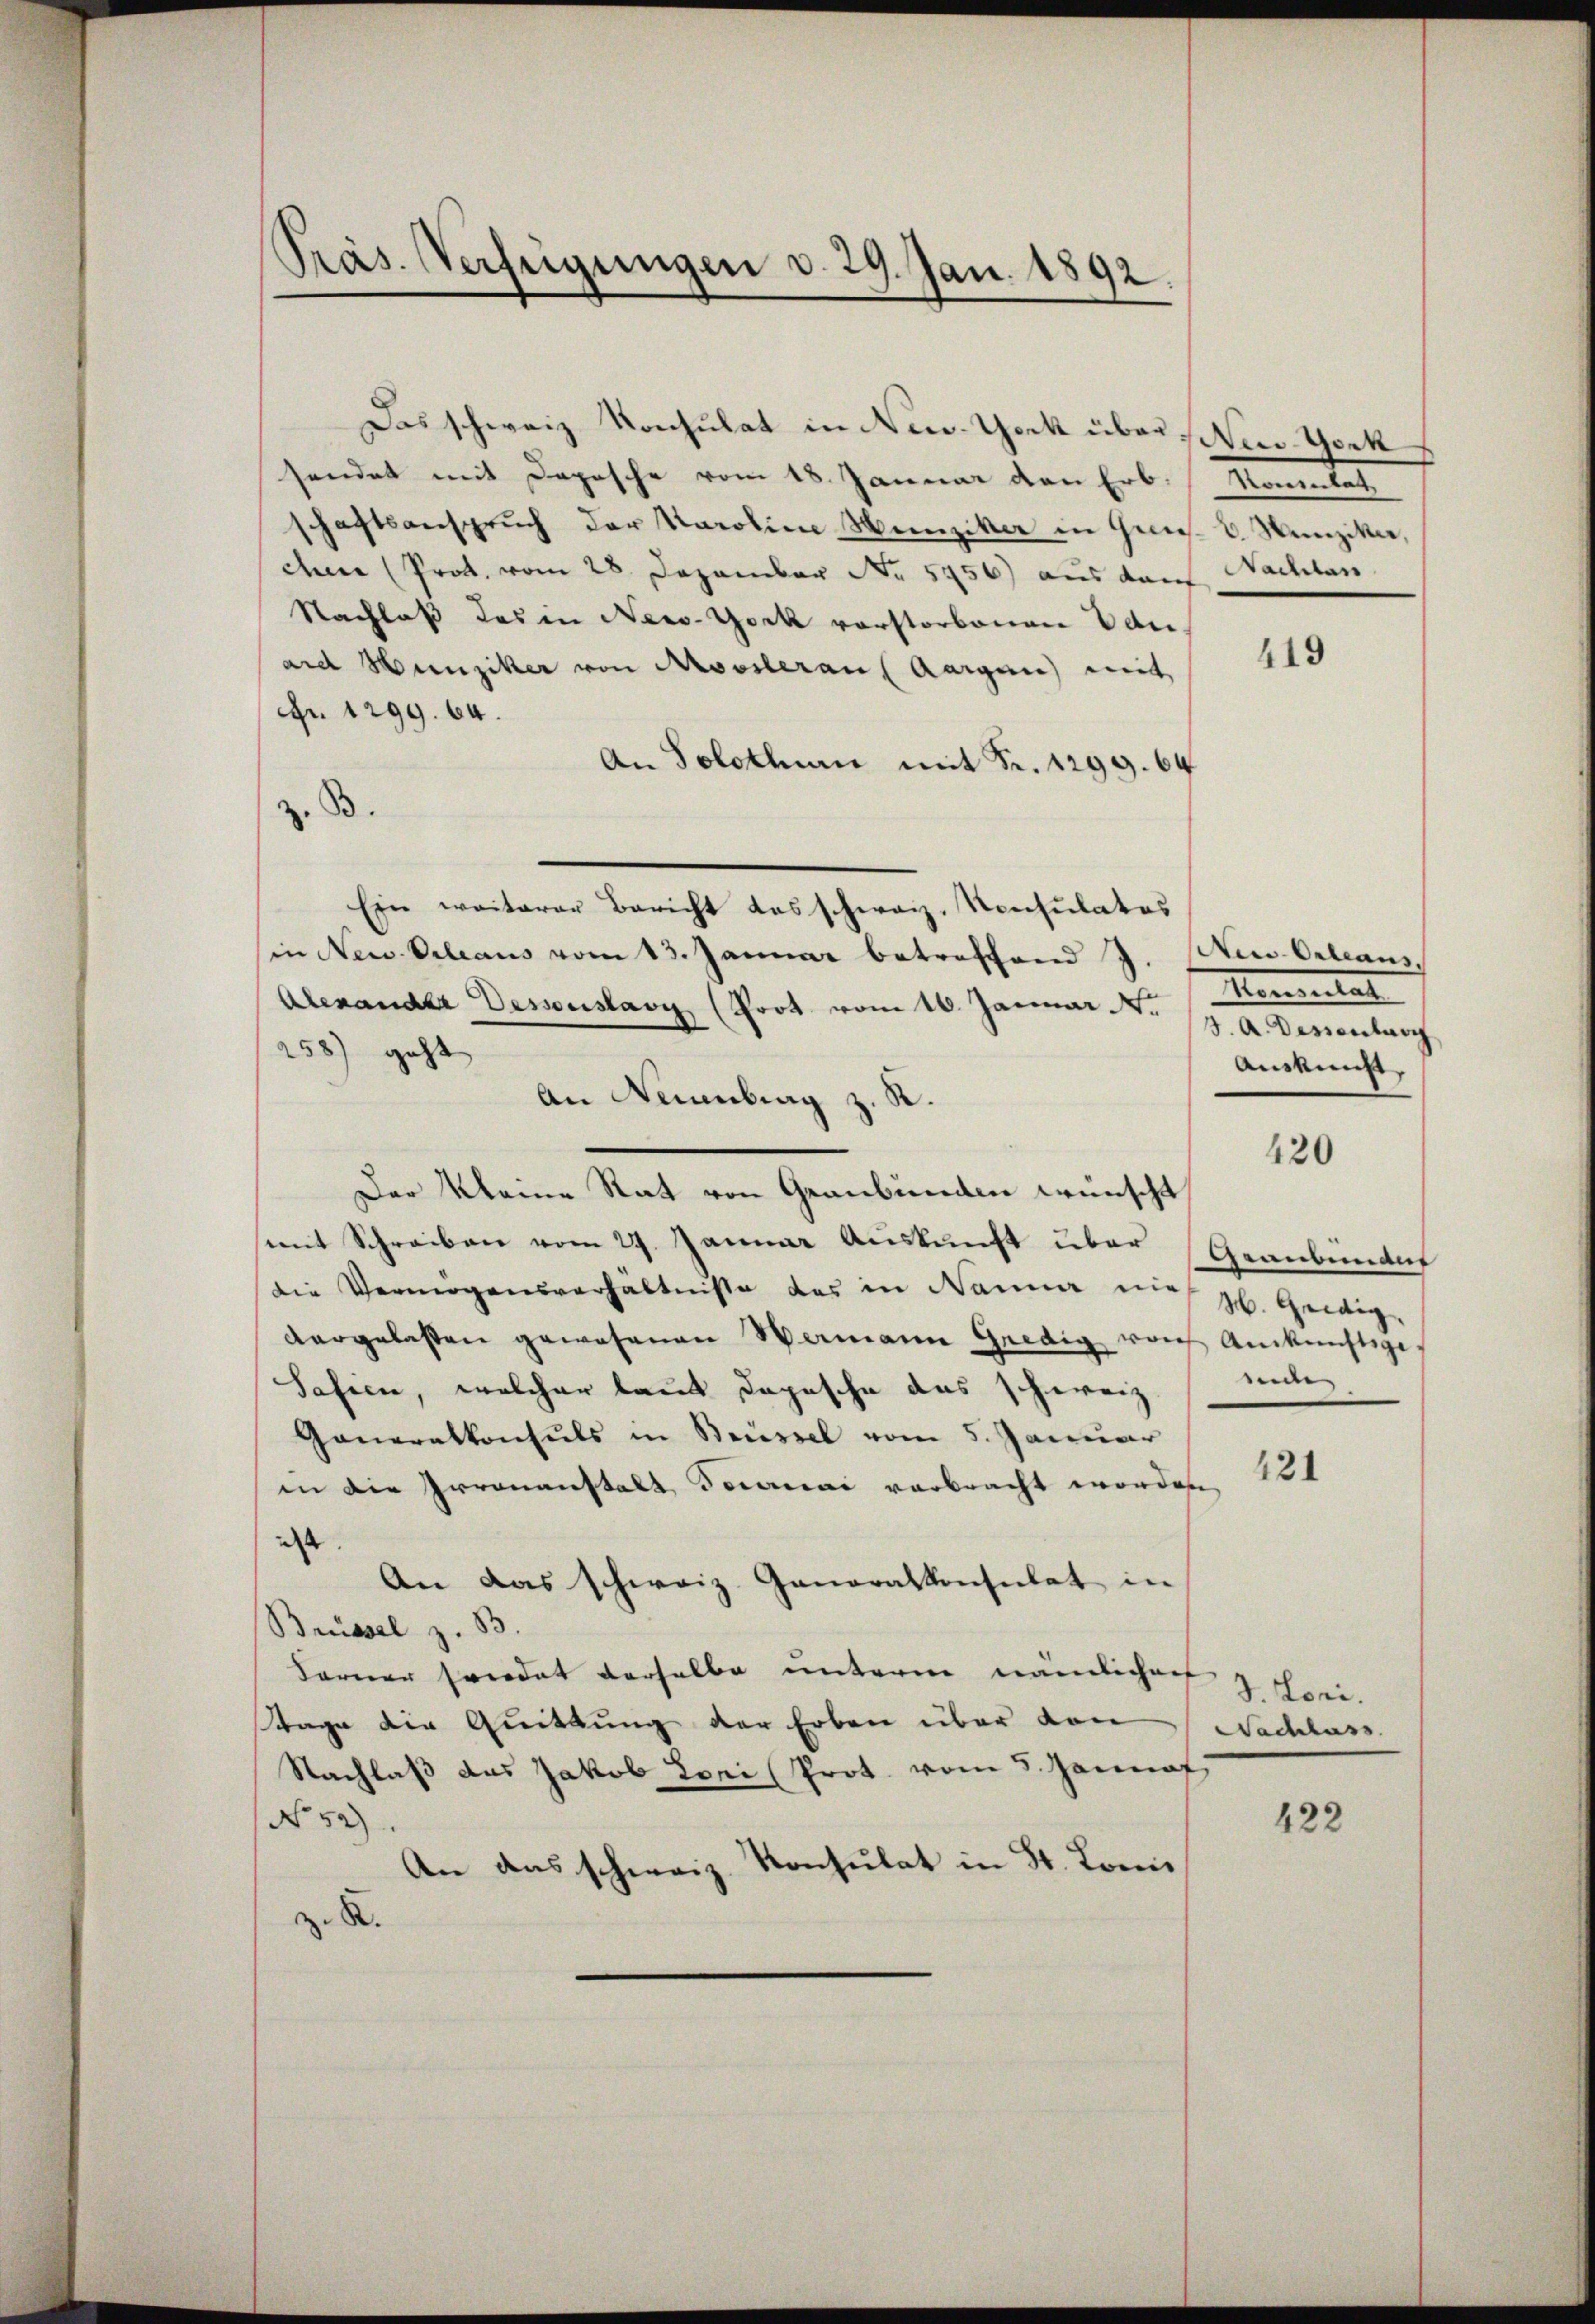
Präs. Verfügungen d. 29. Jan. 1892.

Das schweiz. Konsulat in New-York über Herr Gock
sendet mit Depesche vom 18. Januar den Erb. Kommutat
schaftsanspruch der Karoline Munziker in Ges. v. Munziker,
chen (Prot. vom 28. Dezember No. 5956) aus darf
Nachlaß des in New-York vorstorbenen Eduand Hunziker von Kossleraus Aargau) mit
Fr. 1299. 64.
An Solothurn mit Fr. 1299. 64
z. B.
Ein weiterer Bericht das schweiz. Konsulates
in New-Orleaus vom 13. Januar betreffend J. Neu-Orleans
Alexander Dessoustavy (Prot. vom 16. Januar
258) geht
An Reinberg z. R.
Der Meine Rat von Graubünden wünscht
mit Schreiben vom 29. Januar Auskunft über
die Vermögensverhältnisse des in Nanna mich gl. Heidig
vergelassen gewesenen Wemann Gnedig von Ankünftige
Sasien, welcher laut Depesche das schweiz.
Generalkonsuls in Brüssel vom 5. Januar
in die Irrenanstalt Decanai verbracht worden,
d
An das schweiz. Generalkonsulat in
Brüssel z. B.
Ferner Friedet derselbe untern nämlichen
tage die Quittung der Erben über den
Nachlaß das Jakob Lori Prot. vom 5. Jannaf
No 52).
An das schweiz. Konsulat in St. Lonis
z. X.

Nachlass

419

Momentat
3. A. Dessentari
Auskunft.

420

Graubernant
ente

421

3. Lori.
Nachlass

422